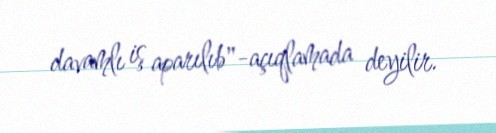
davamlı iş aparılıb"-açıqlamada deyilir.